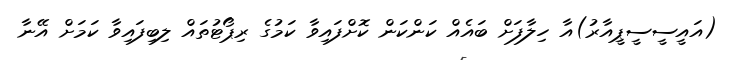
(އައީސީސީޕީއާރު)އާ ހިލާފަށް ބައެއް ކަންކަން ކޮށްފައިވާ ކަމުގެ ރިޕޯޓުތައް ލިބިފައިވާ ކަމަށް އޭނާ